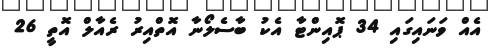
އެއް ވަނައިގައި 34 ޕޮއިންޓާ އެކު ބާސެލޯނާ އޮތްއިރު ރެއާލް އޮތީ 26